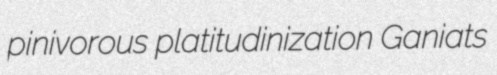
pinivorous platitudinization Ganiats